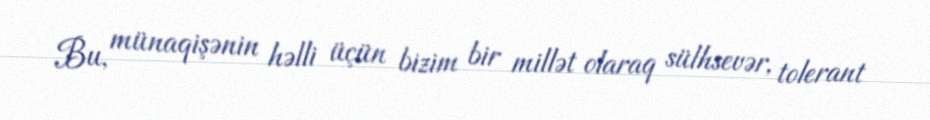
Bu, münaqişənin həlli üçün bizim bir millət olaraq sülhsevər, tolerant